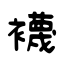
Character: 襪